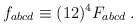
\begin{align*} f_{abcd}\equiv (12)^4 F_{abcd}\;.\end{align*}